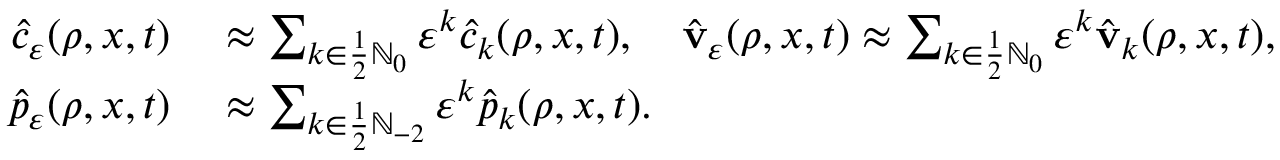
\begin{array} { r l } { \hat { c } _ { \ensuremath { \varepsilon } } ( \rho , x , t ) } & { { } \approx \sum _ { k \in \frac 1 2 \ensuremath { \mathbb { N } } _ { 0 } } \ensuremath { \varepsilon } ^ { k } \hat { c } _ { k } ( \rho , x , t ) , \quad \hat { \mathbf { v } } _ { \ensuremath { \varepsilon } } ( \rho , x , t ) \approx \sum _ { k \in \frac 1 2 \ensuremath { \mathbb { N } } _ { 0 } } \ensuremath { \varepsilon } ^ { k } \hat { \mathbf { v } } _ { k } ( \rho , x , t ) , \quad } \\ { \hat { p } _ { \ensuremath { \varepsilon } } ( \rho , x , t ) } & { { } \approx \sum _ { k \in \frac 1 2 \ensuremath { \mathbb { N } } _ { - 2 } } \ensuremath { \varepsilon } ^ { k } \hat { p } _ { k } ( \rho , x , t ) . } \end{array}